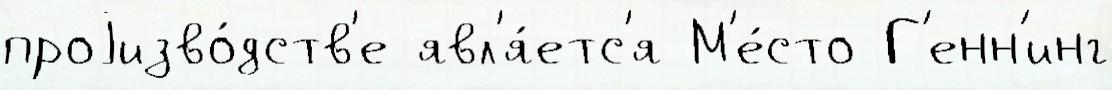
проjизво́дств'е явл'я́етс'я М'е́сто Г'енн'инг